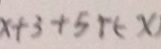
x + 3 + 5 + ( - x )